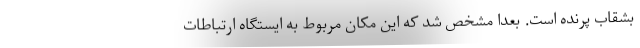
بشقاب پرنده است. بعدا مشخص شد که این مکان مربوط به ایستگاه ارتباطات